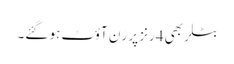
بٹلر بھی 4رنز پر رَن آؤٹ ہو گئے۔